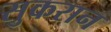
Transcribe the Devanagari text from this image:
सुकरान